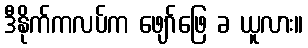
ဒီနိုက်ကလပ်က ဖျော်ဖြေ ခ ယူလား။